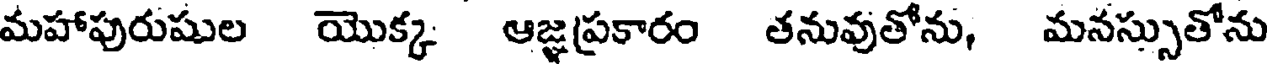
మహాపురుషుల యొక్క ఆజ్ఞప్రకారం తనువుతోను, మనస్సుతోను